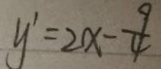
y ^ { \prime } = 2 x - \frac { 9 } { 4 }